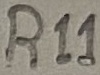
Text: R11